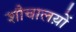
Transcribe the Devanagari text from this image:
शौचालय़ों